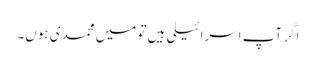
اگر آپ اسرائیلی ہیں تو میں محمدی ہوں۔